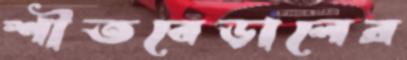
শীতবেড়ালের